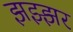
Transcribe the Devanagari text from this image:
झझ्झर